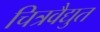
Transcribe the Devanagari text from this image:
चित्रवैद्युत